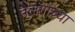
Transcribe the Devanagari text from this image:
तेलंगांच्या